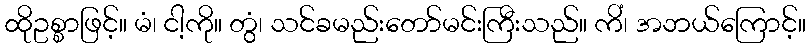
ထိုဥစ္စာဖြင့်။ မံ၊ ငါ့ကို။ တွံ၊ သင်ခမည်းတော်မင်းကြီးသည်။ ကိံ၊ အဘယ်ကြောင့်။